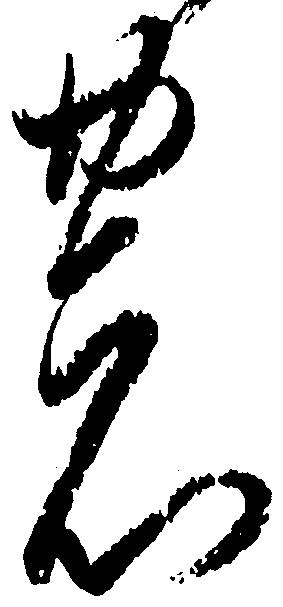
の